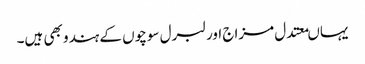
یہاںمعتدل مزاج اور لبرل سوچوں کے ہندو بھی ہیں۔